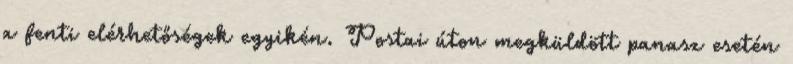
a fenti elérhetőségek egyikén. Postai úton megküldött panasz esetén